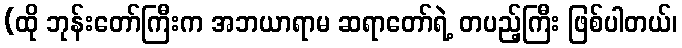
(ထို ဘုန်းတော်ကြီးက အဘယာရာမ ဆရာတော်ရဲ့ တပည့်ကြီး ဖြစ်ပါတယ်၊